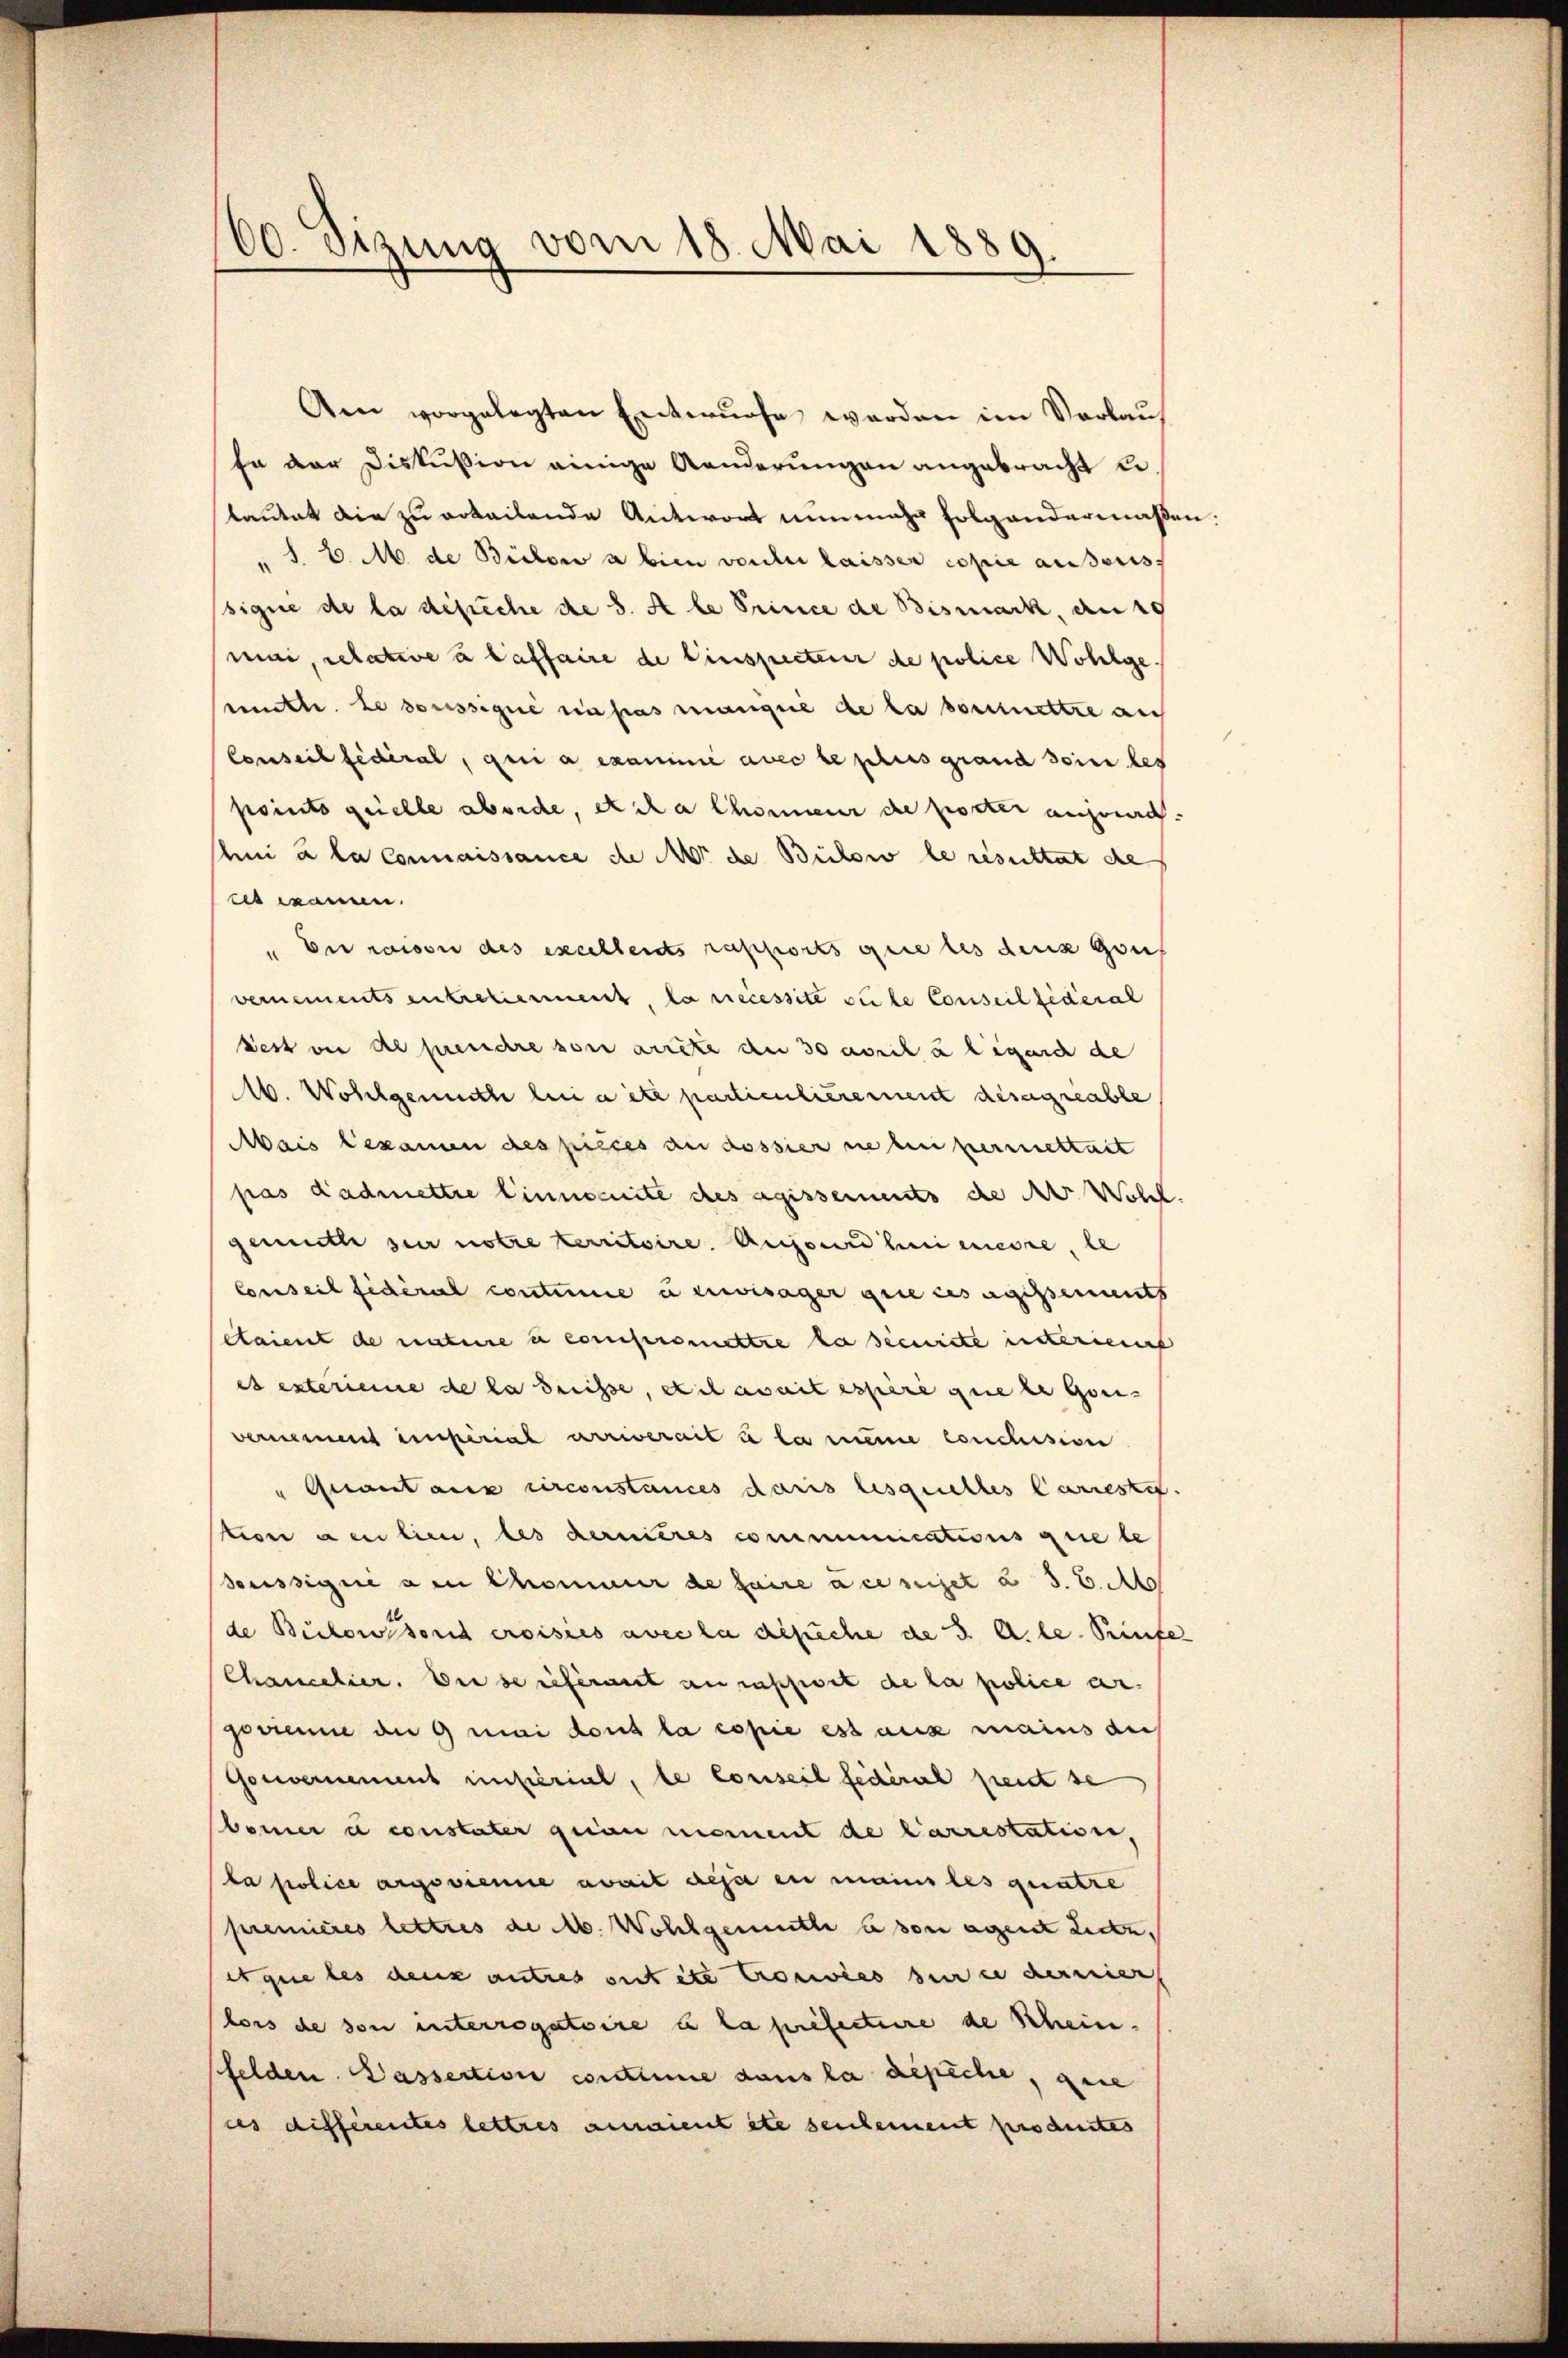
00. Sizung vom 18. Mai 1889.

Am vorgelegten Entwurfe werden im Vorlauf
fe der Diskussion einige Aenderungen angebracht u
lautet die zu erteilende Antwort nunmehr folgendermaßen.
" S. C. M. de Bülow a bien vorher laisser copie außers
signe de la dépiche de S. A le Prince de Bismark, ausg
mai, relative à laffaire de Einspecteur de police Wohlge¬
Cette. Le dorissigné en pas manque de la soumettre auf
Conseil fédéral, qui a examine avec le plus grand sein bes
points quelle aborde, etcha Chonneur die poster anzurd.
hni à la Connaissance de M. de Bülow le resultat de
ees examen.
En raison des excellends rapports gere les dens geh
vernements entretierment, la necessite suite Conseilsidéral
sest vor de prendre von arrête de 30 April u legarch de
Ab. Wohlgemuthe bei aite partientierement disergreable
Mais examen des pièces an dossier nie bei permettart
pas dadmettre linnoenite des agissements die Dr. Wohl
gemuthe zur notre territoire. Aufsundheimere, le
Conseil fidéral continne u envisager grie ces agissements
étaient de nature u compremettre la sienrite interient
es exterienne de la dreisse, stil avait espère que le Gori-
vernement imperial arriverait à la meine Conclusion
" Quant aux circonstances daris lesquelles Correstit.
tion den lien, les dernieres communications quete
doussigné au Chromauer de faire ac miget a S. Bd
de Buchowssoris croisies avec la dépeche de 3. A. le Prüfe
Chancelier. Die se referant au rapport de la police argorienne an 9 mai tous la copie est aus mains au
Gouvernement imsterial, le Conseil fédéral peut se
bemer à constater grau moment de Carrestation,
la police argevienne avait des en mains les quatre
premières lettres de M. Wohlgemuth u von agent Liebe,
et que les deux autres sit etc Cronwies sind in dernier
lors de son interrogatoire u la prefectuire de Rhein-
felden. Passection conctime dans la depiche, seie
ces différentes lettres anaient etc seulement produites